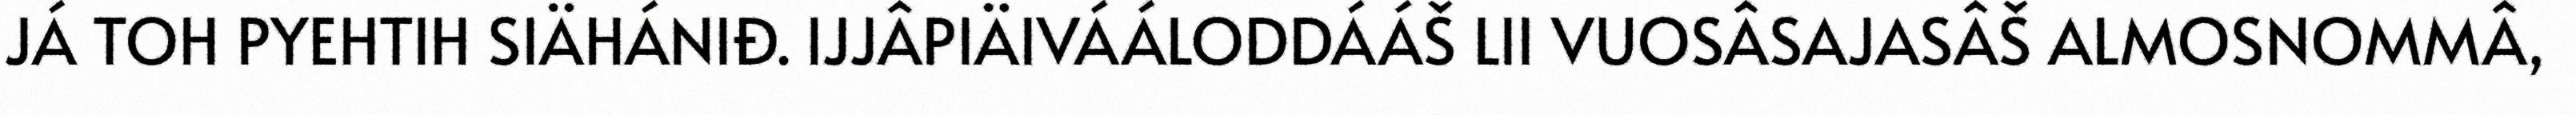
JÁ TOH PYEHTIH SIÄHÁNIĐ. IJJÂPIÄIVÁÁLODDÁÁŠ LII VUOSÂSAJASÂŠ ALMOSNOMMÂ,